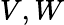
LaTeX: V,W